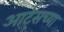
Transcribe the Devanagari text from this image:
आर्ट्‌सच्या